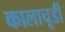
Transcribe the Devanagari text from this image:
कालाचूडी